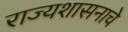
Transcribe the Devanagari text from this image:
राज्यशासनाचे